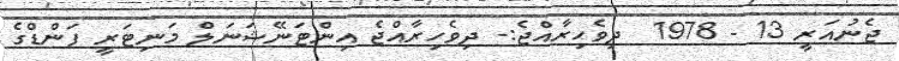
ޖެނުއަރީ 13 - 1978  ދިވެހިރާއްޖެ:- ދިވެހިރާއްޖެ އިންޓަނޭޝަނަލް މަނިޓަރީ ފަންޑްގެ